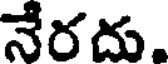
నేరదు.